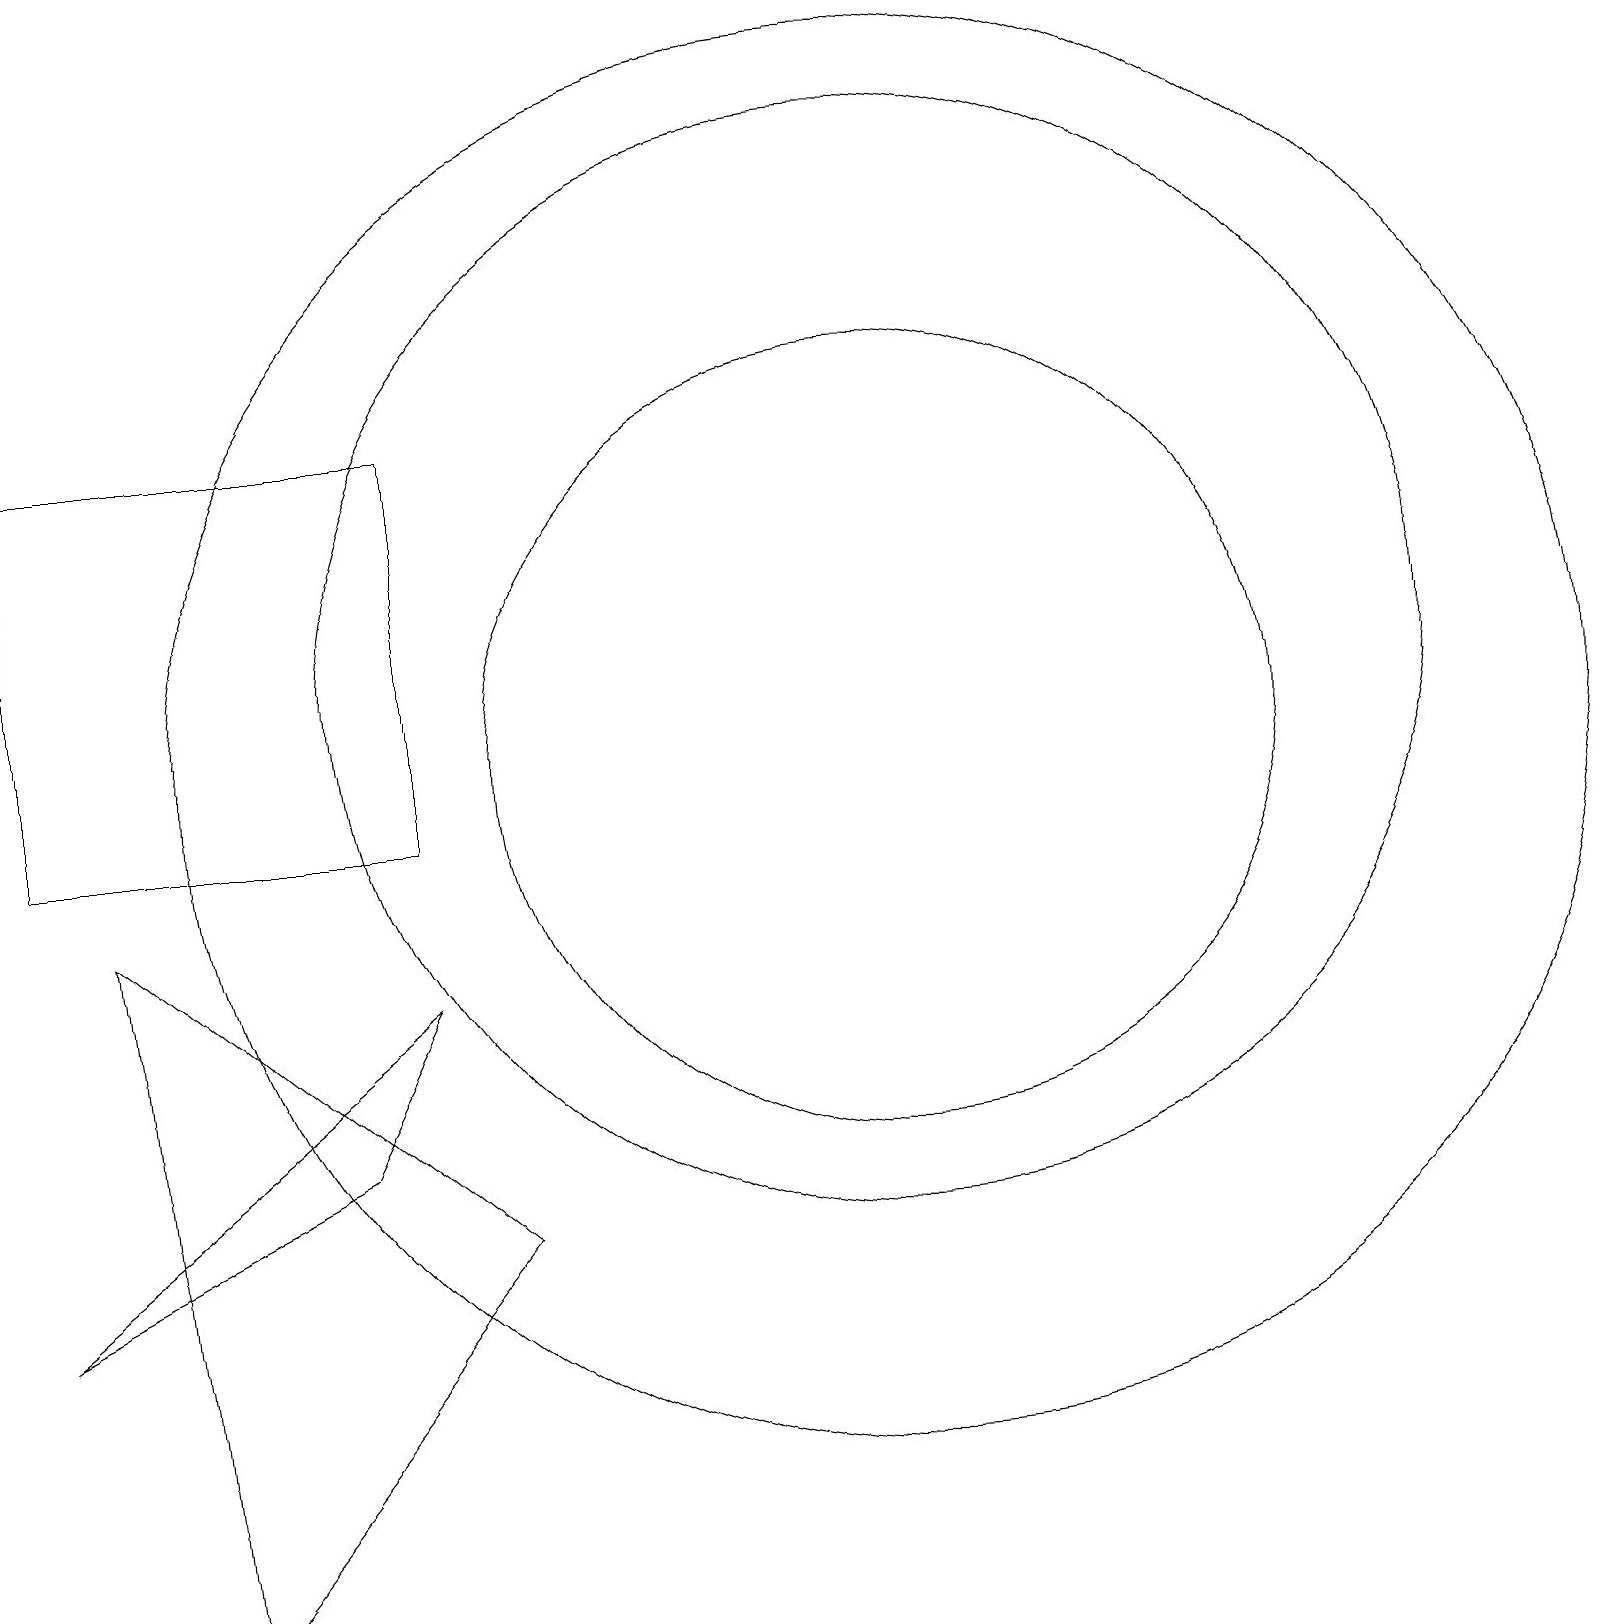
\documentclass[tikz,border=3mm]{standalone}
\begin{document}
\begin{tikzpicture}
\draw (11,11) circle (5);
\draw (5,10) rectangle (0,15);
\draw (11,11) circle (9);
\draw (11,12) circle (7);
\draw (0,4) -- (4,6) -- (5,8) -- cycle;
\draw (2,0) -- (1,9) -- (6,5) -- cycle;
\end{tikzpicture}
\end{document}